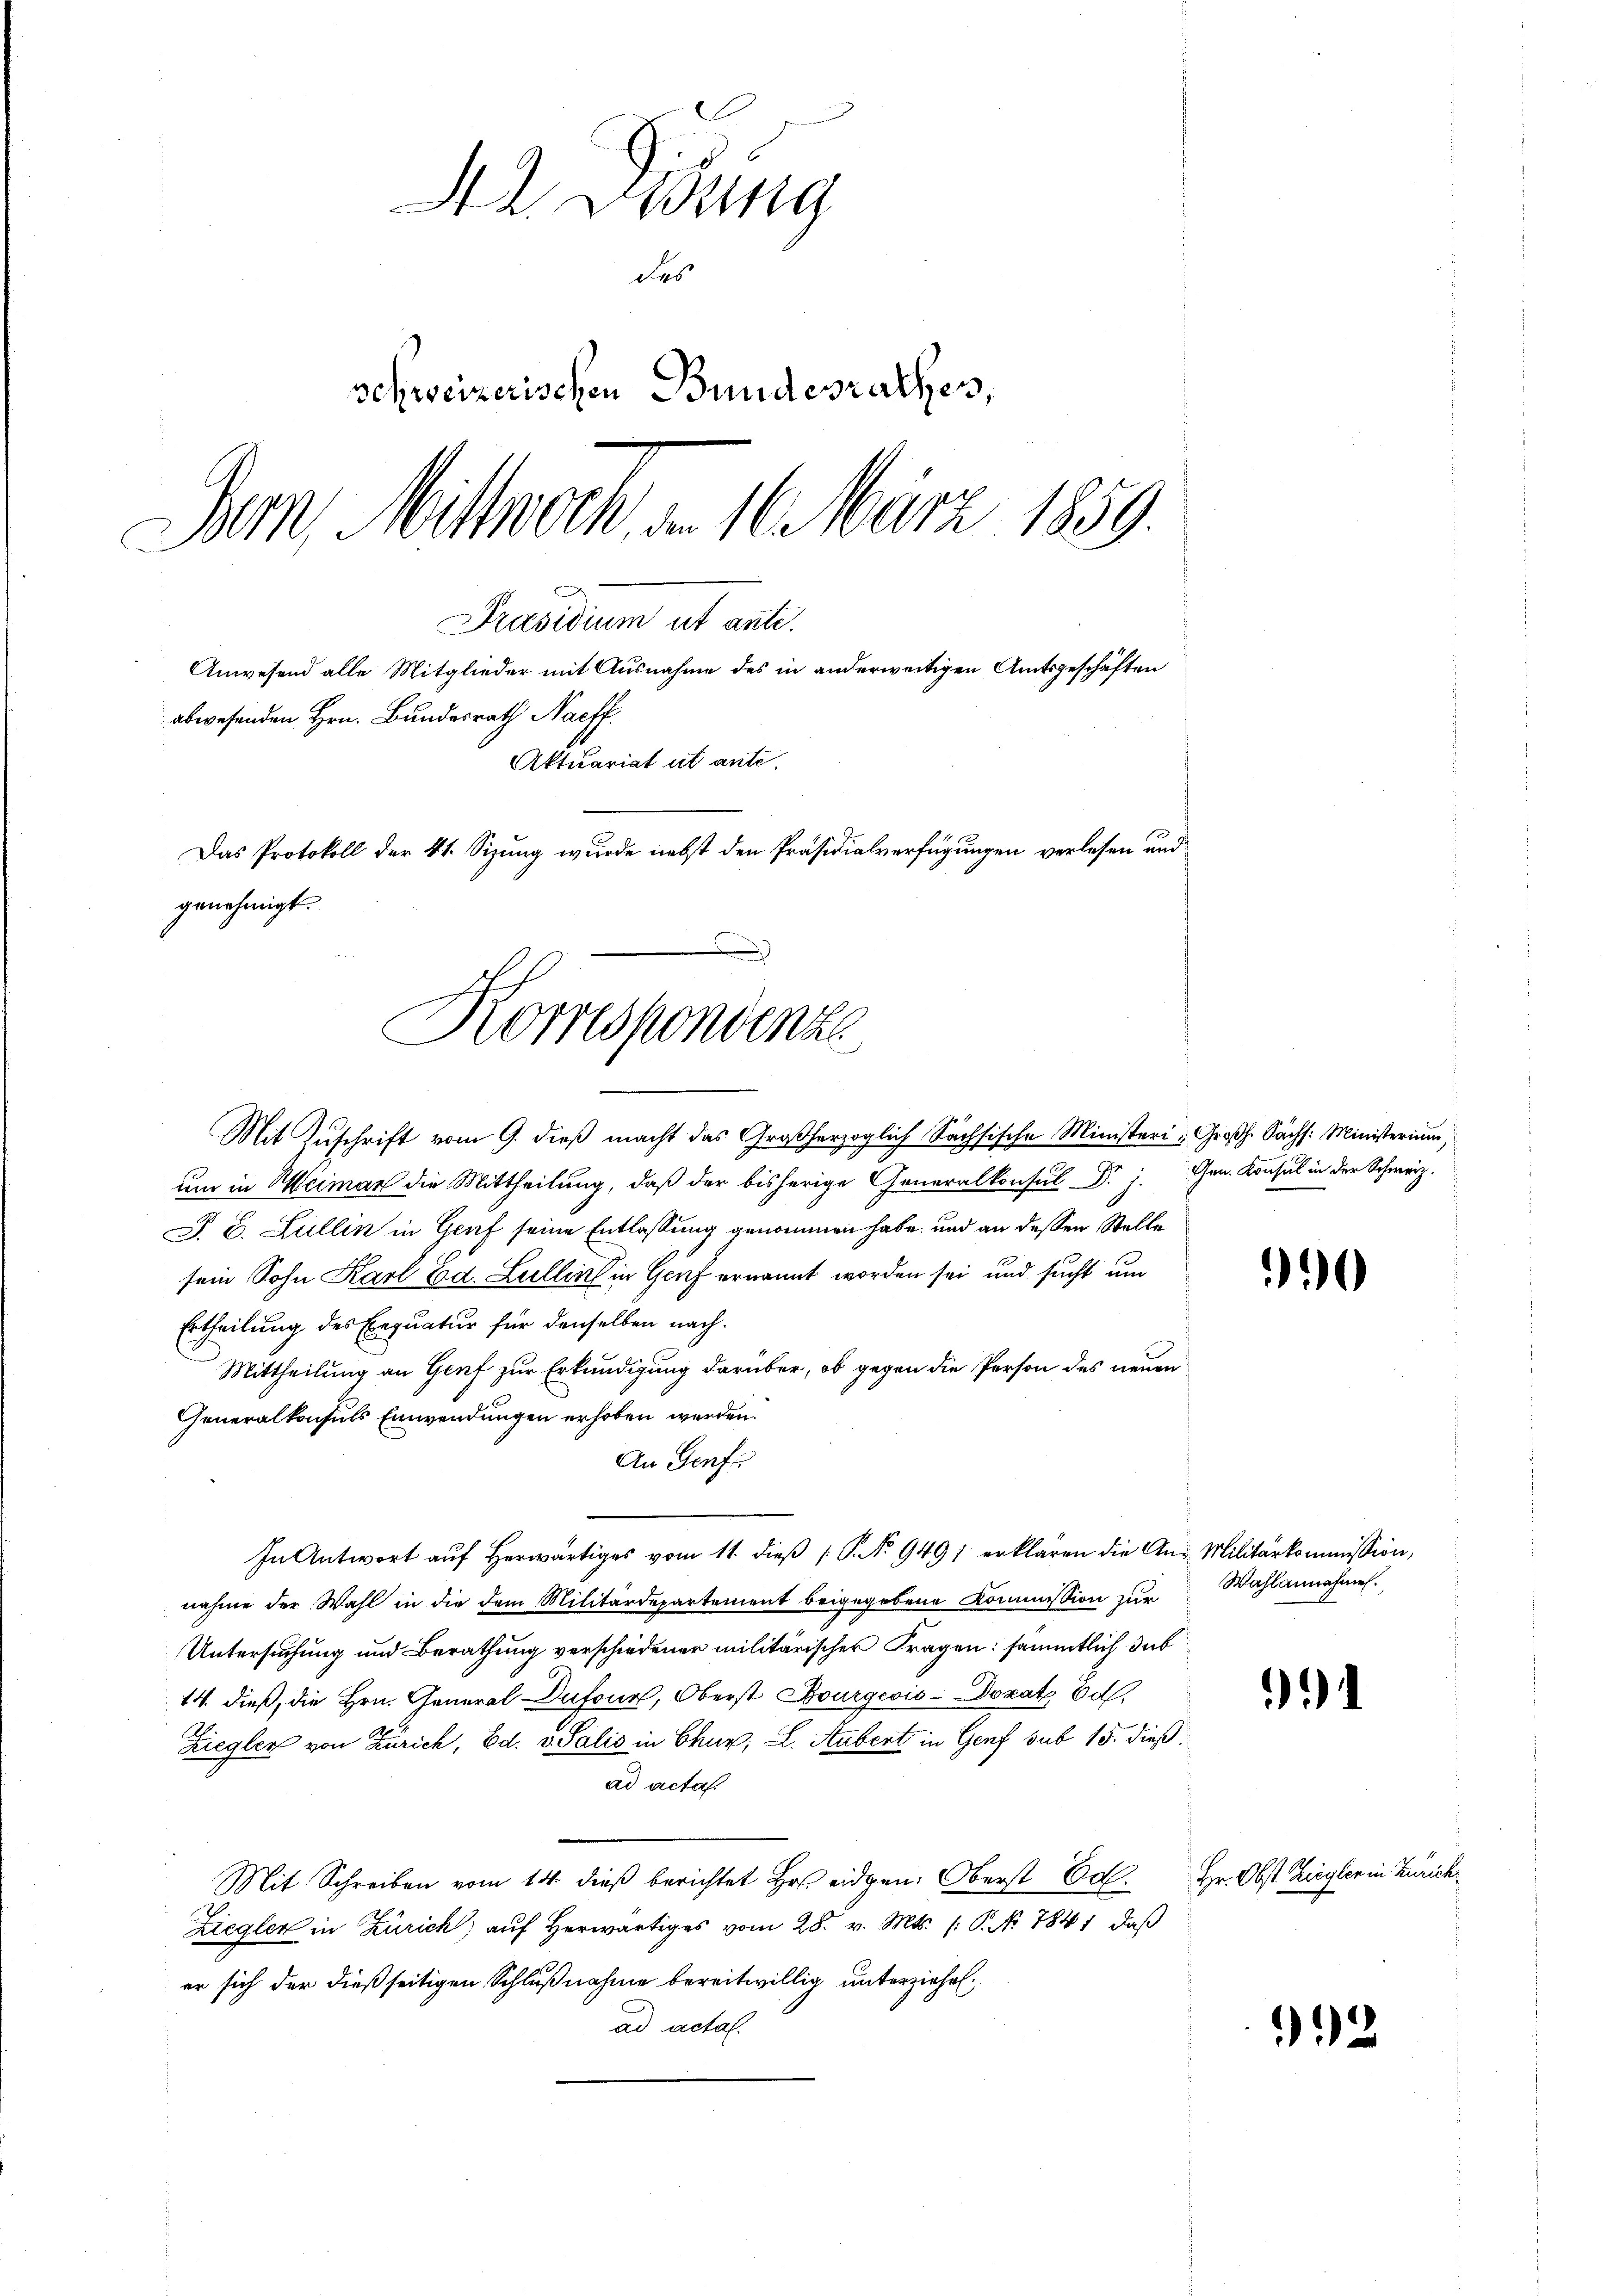
genehmigt.
Korrespondenze
Mit Zuschrift vom 9. dieß macht das Großherzoglich Sachsische Ministeri u Großh. Sächs: Ministerium,

2 Didung
des
schweizerischen Bundesrathes,
Bern, Mittwoch, von 16 März 1859.
Präsidium ut ante.
Anwesend alle Mitglieder mit Ausnahme des in anderweitigen Amtsgeschäften
abwesenden Hrn. Bundesrath Naeff.
Aktuariat it ante.
Das Protokoll der 41. Sizung wurde nebst den Präsidialverfügungen verlesen und

ŭm in Heima die Mittheilŭng, daβ der Sc
P. C. Lullin in Genf seine Entlassung genommen habe, und an dessen Stelle
sein Sohn Karl Ed. Lullin in Genf ernannt worden sei und sucht um
Ertheilung des Exequatur für denselben nach¬
Mittheilung an Genf zur Erkundigung darüber, ob gegen die Person des neuen
Generalkonsuls Einwendungen erhoben werden.
An Genfe
In Antwort aŭf herwärtiges vom 11. dieβ P. Nr. 9491 erklären die An-Militärkommission,
nahme der Wahl in die dem Militärdepartement beigegebene Kommission zur
Untersuchung und Berathung verschiedener militärischer Fragen: sämmtlich dab
14. dieß, die Hrn. General-Dufour, Oberst Bourgeois-Dozat Ed.
Ziegler von Zürich, Ed. v. Salis in Chur; L. Aubert in Genf sub 15. dieß:
ad acta.
Mit Schreiben vom 14. dieß berichtet Hr. eidgen. Oberst 60. Hr. Obst Ziegler in Zürich¬
Ziegler in Zürich) auf herwärtiges vom 28. v. Mts. (: P. No. 7841, daß
er sich der dießseitigen Schlußnahme bereitwillig unterziehet,
ad acta.

90

Wahlannahmen.

1

2